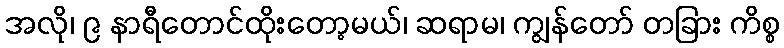
အလို၊ ၉ နာရီတောင်ထိုးတော့မယ်၊ ဆရာမ၊ ကျွန်တော် တခြား ကိစ္စ